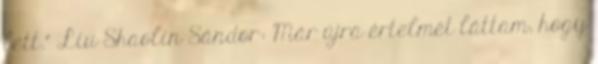
lett.” Liu Shaolin Sándor: Már újra értelmét láttam, hogy